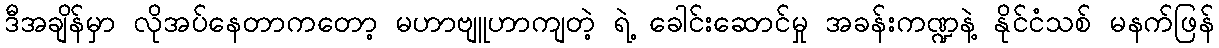
ဒီအချိန်မှာ လိုအပ်နေတာကတော့ မဟာဗျူဟာကျတဲ့ ရဲ့ ခေါင်းဆောင်မှု အခန်းကဏ္ဍနဲ့ နိုင်ငံသစ် မနက်ဖြန်